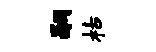
嗣枯